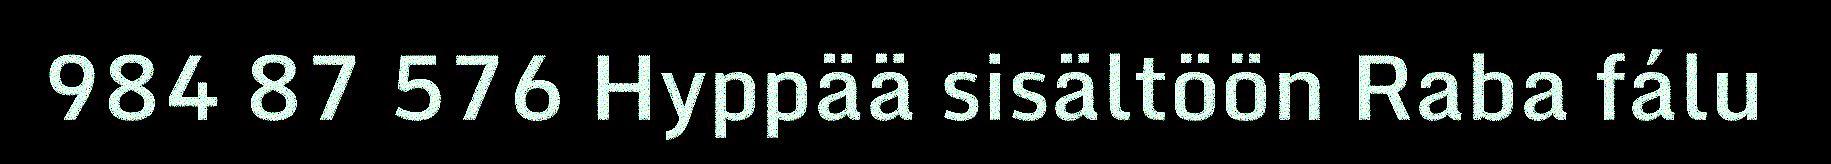
984 87 576 Hyppää sisältöön Raba fálu